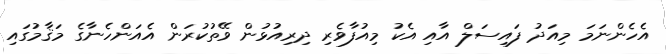
އެހެންނަމަ މިއަދު ފައިސަލް އާއި އެކު މިއުފާވެރި ދިރިއުޅުން ވޭތުކުރަން އެއަންހެނާގެ މަޤާމުގައި